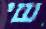
שי